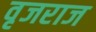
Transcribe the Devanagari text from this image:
वृजराज